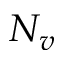
N _ { v }